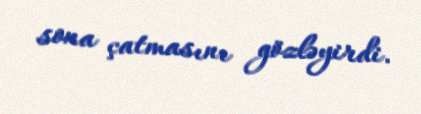
sona çatmasını gözləyirdi.